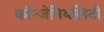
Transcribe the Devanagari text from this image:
कॉन्जेनियलिटी